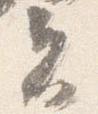
夫